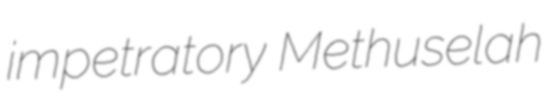
impetratory Methuselah